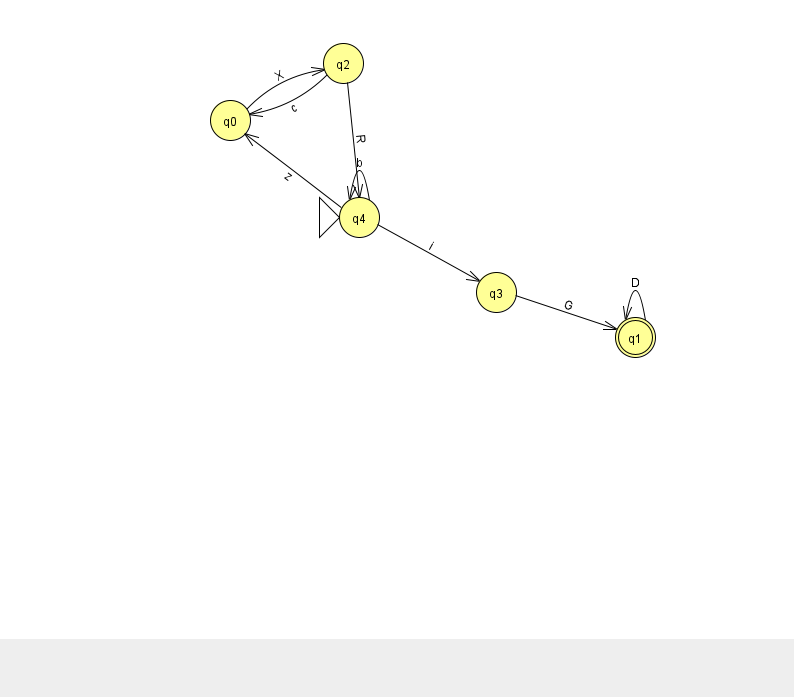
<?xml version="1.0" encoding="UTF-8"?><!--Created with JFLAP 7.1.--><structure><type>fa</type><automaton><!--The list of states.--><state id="0" name="q0"><x>230.0</x><y>107.0</y></state><state id="1" name="q1"><x>635.0</x><y>324.0</y><final/></state><state id="2" name="q2"><x>343.0</x><y>50.0</y></state><state id="3" name="q3"><x>496.0</x><y>279.0</y></state><state id="4" name="q4"><x>359.0</x><y>204.0</y><initial/></state><!--The list of transitions.--><transition><from>4</from><to>0</to><read>z</read></transition><transition><from>4</from><to>4</to><read>b</read></transition><transition><from>1</from><to>1</to><read>D</read></transition><transition><from>3</from><to>1</to><read>G</read></transition><transition><from>0</from><to>2</to><read>X</read></transition><transition><from>2</from><to>4</to><read>R</read></transition><transition><from>4</from><to>3</to><read>i</read></transition><transition><from>2</from><to>0</to><read>c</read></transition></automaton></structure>